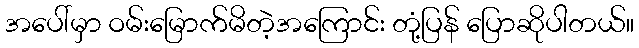
အပေါ်မှာ ဝမ်းမြောက်မိတဲ့အကြောင်း တုံ့ပြန် ပြောဆိုပါတယ်။